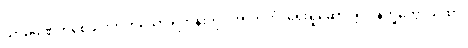
သာမဏေကိုစေခိုင်းတတ်သော ရဟန်းကို။ အာဘတံ၊ ရှေးရှုဆောင်၍။ နိက္ခိတ္တောယထာ၊